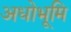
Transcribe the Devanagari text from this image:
अधोभूमि